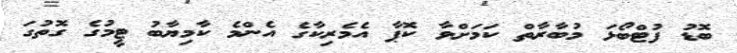
ބޮޑު ފުޓްބޯޅަ މުބާރާތް ކަމަށްވާ ކޮޕާ އެމެރިކާގެ އެންމެ ކާމިޔާބު ޓީމުގެ ގޮތުގަ